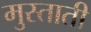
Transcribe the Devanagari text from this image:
मुस्ताती